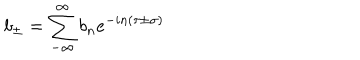
LaTeX: b _ { \pm } = \sum _ { - \infty } ^ { \infty } b _ { n } e ^ { - i n \left( \tau \pm \sigma \right) }